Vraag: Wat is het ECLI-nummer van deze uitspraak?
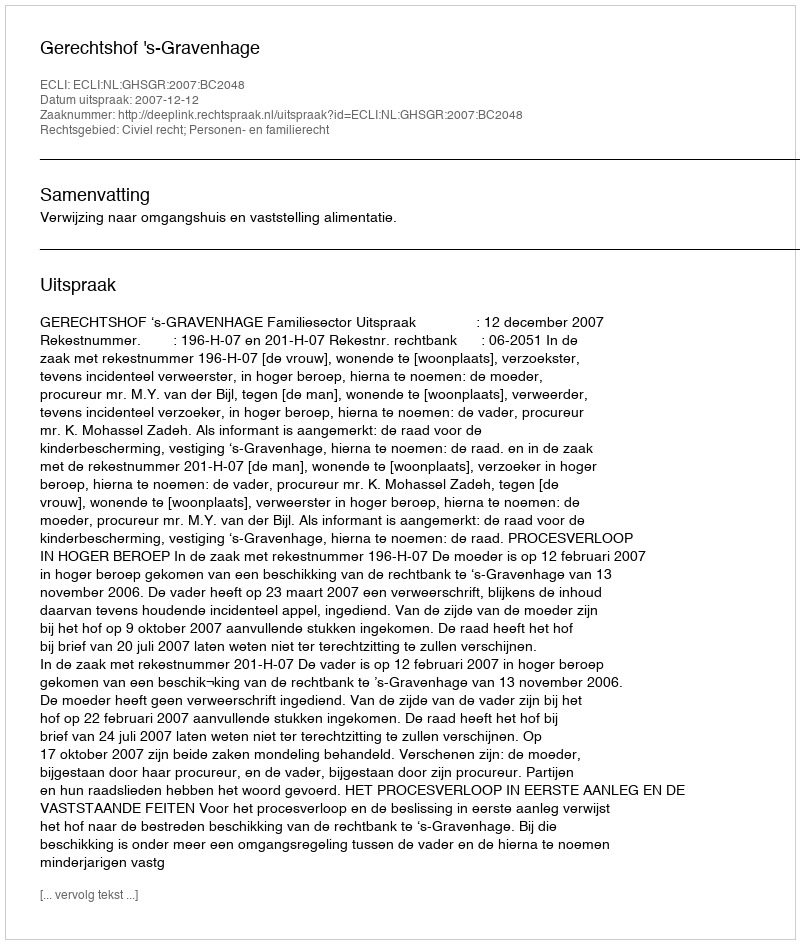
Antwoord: ECLI:NL:GHSGR:2007:BC2048